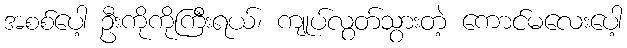
အစစ်ပေါ့ ဦးကိုကိုကြီးရယ်၊ ကျုပ်လွတ်သွားတဲ့ ကောင်မလေးပေါ့